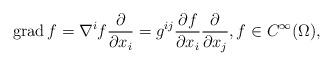
LaTeX: \begin{align*} \operatorname{grad} f = \nabla^i f \frac{\partial}{\partial x_i} = g^{ij} \frac{\partial f}{\partial x_i} \frac{\partial}{\partial x_j},f \in C^{\infty}(\Omega),\end{align*}